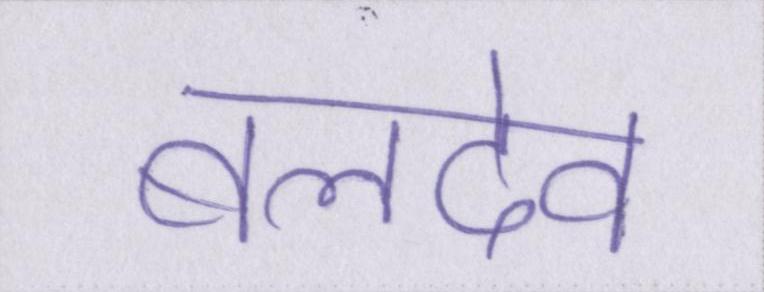
बलदेव